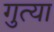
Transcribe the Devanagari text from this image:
गुत्या